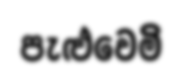
පැළුවෙමි